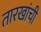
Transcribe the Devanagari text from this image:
तारखांची